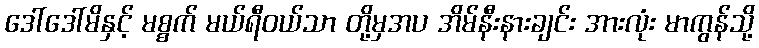
ဒေါ်ဒေါ်မိနှင့် မစ္စက် မယ်ရီဝယ်သာ တို့မှအပ အိမ်နီးနားချင်း အားလုံး မာကွန်သို့